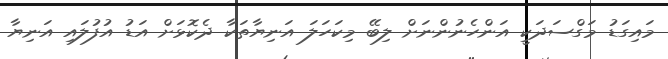
މައިގަޑު މަގްސަދަކީ އަންހެނުންނަށް ލިބޭ މިކަހަލަ އަނިޔާތަކާ ދެކޮޅަށް އަޑު އުފުލައި އަނިޔާ